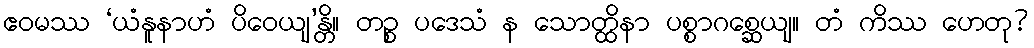
ဧဝမဿ ‘ယံနူနာဟံ ပိဝေယျ’န္တိ။ တဉ္စ ပဒေသံ န သောတ္ထိနာ ပစ္စာဂစ္ဆေယျ။ တံ ကိဿ ဟေတု?